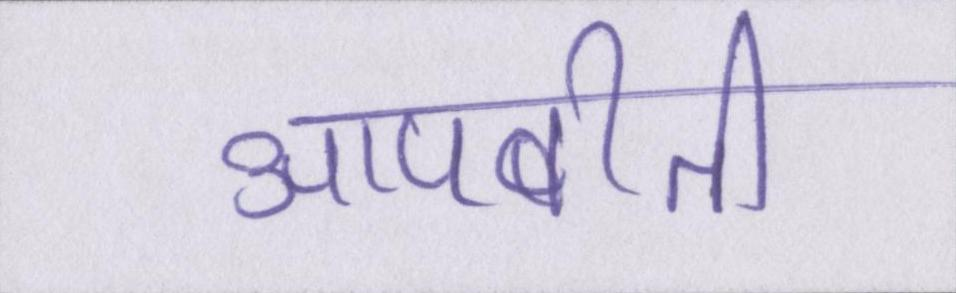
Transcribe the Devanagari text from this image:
आपबीती